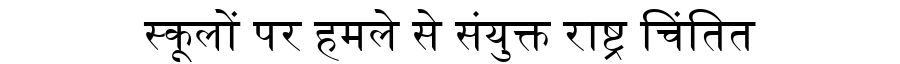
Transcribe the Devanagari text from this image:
स्कूलों पर हमले से संयुक्त राष्ट्र चिंतित